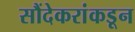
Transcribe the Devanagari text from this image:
सौंदेकरांकडून